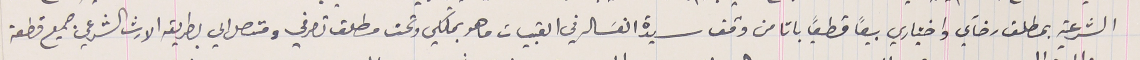
الشرعية بمطلق رضآي واختياري بيعاً قطعياً باتا من وقف سيدة الغسَاله في القبيات ما هو بملكي وتحت مطلق تصرفي ومتصل الي بطريقه الارث الشرعي جميع قطعة